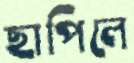
ছাপিলে